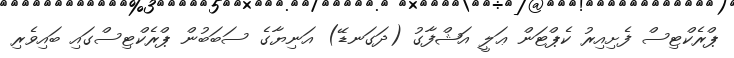
ޕްރެކްޓިސް ފެށިއިރު ކެޕްޓަން ޢަލީ އަޝްފާގު (ދަގަނޑޭ) އަނިޔާގެ ސަބަބުން ޕްރެކްޓިސްގައި ބައިވެރި